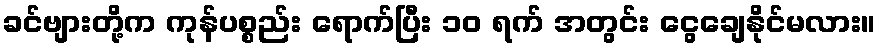
ခင်ဗျားတို့က ကုန်ပစ္စည်း ရောက်ပြီး ၁၀ ရက် အတွင်း ငွေချေနိုင်မလား။